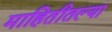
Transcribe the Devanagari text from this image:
माहितीतल्या